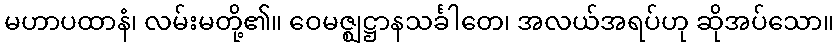
မဟာပထာနံ၊ လမ်းမတို့၏။ ဝေမဇ္ဈဋ္ဌာနသင်္ခါတေ၊ အလယ်အရပ်ဟု ဆိုအပ်သော။